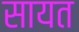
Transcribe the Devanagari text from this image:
सायत